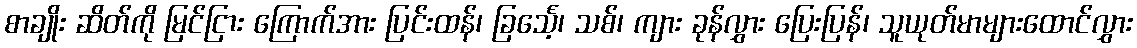
စာချိုး ဆိတ်ကို မြင်ငြား ကြောက်အား ပြင်းထန်၊ ခြင်္သေ့၊ သစ်၊ ကျား ခုန်လွှား ပြေးပြန်၊ သူယုတ်မာများထောင်လွှား